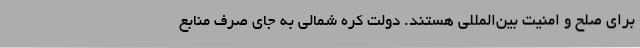
برای صلح و امنیت بین‌المللی هستند. دولت کره شمالی به جای صرف منابع